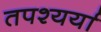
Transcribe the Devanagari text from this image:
तपश्यर्या